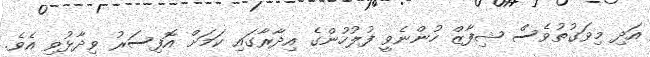
އަދި މިވަގުތުވެސް ޝިފާޒް ހުންނެވީ ފުލުހުންގެ އިދާރާގައި ކަމަށް އޮފިސަރު ވިދާޅުވި އެވެ.